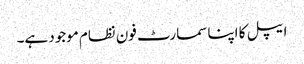
ایپل کا اپنا سمارٹ فون نظام موجود ہے۔